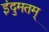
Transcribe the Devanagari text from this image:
इंदुमतम्